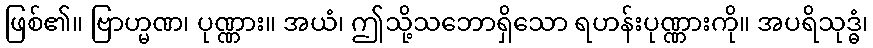
ဖြစ်၏။ ဗြာဟ္မဏ၊ ပုဏ္ဏား။ အယံ၊ ဤသို့သဘောရှိသော ရဟန်းပုဏ္ဏားကို။ အပရိသုဒ္ဓံ၊